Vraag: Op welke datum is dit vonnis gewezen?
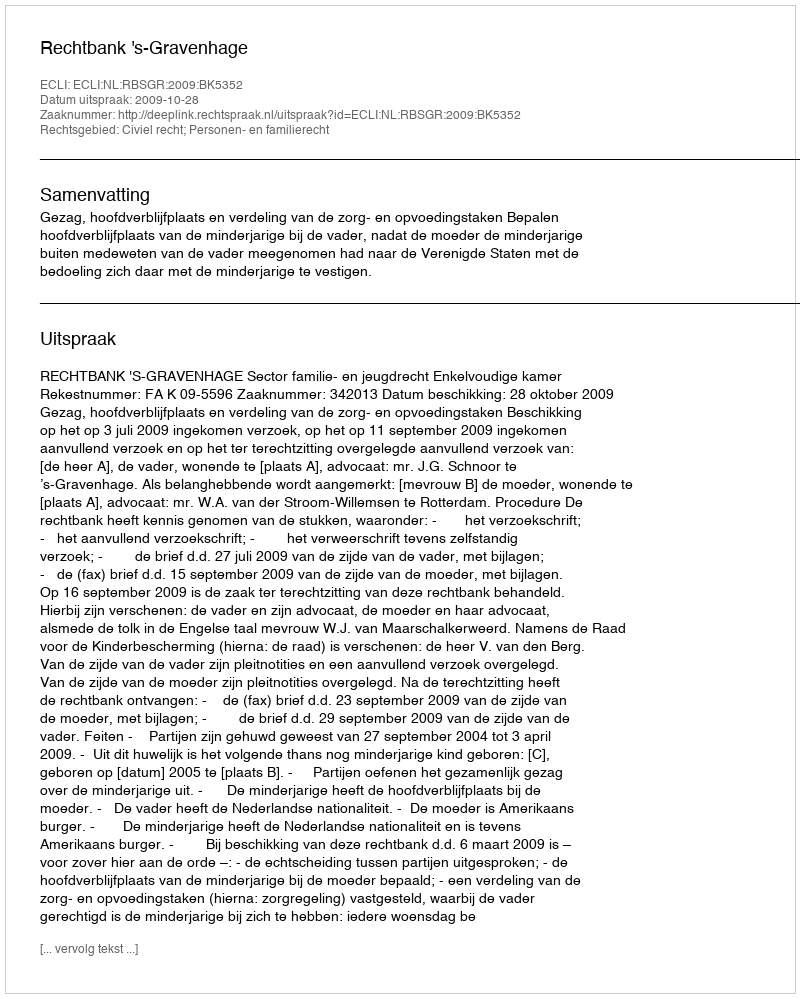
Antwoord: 2009-10-28